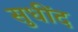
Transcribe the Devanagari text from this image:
सुधींद